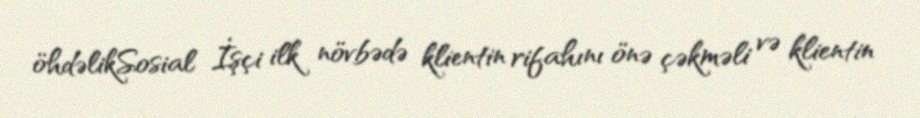
öhdəlikSosial İşçi ilk növbədə klientin rifahını önə çəkməli və klientin